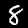
Digit: 8